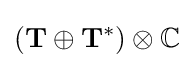
(\mathbf {T} \oplus \mathbf {T} ^{*})\otimes \mathbb {C}